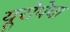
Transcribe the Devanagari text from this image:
यूरोपेया